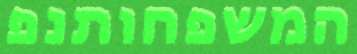
המשפחותנפ